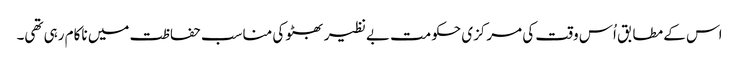
اس کے مطابق اُس وقت کی مرکزی حکومت بے نظیر بھٹو کی مناسب حفاظت میں ناکام رہی تھی۔